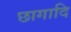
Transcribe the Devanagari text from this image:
छागादि